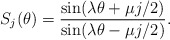
\begin{align*}S_j(\theta)= {\sin(\lambda \theta +\mu j/2)\over\sin(\lambda \theta - \mu j/2)}. \end{align*}